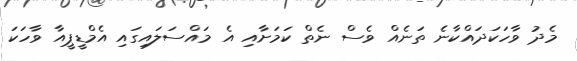
މެދު ވާހަކަދައްކާނެ ތަނެއް ވެސް ނެތް ކަމަށާއި އެ މައްސަލައިގައި އެމްޑީޕީއާ ވާހަކަ